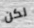
لكن